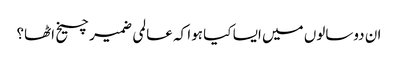
ان دوسالوں میں ایسا کیا ہوا کہ عالمی ضمیر چیخ اٹھا؟